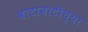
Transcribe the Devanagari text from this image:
बाटाबाटीच्या